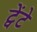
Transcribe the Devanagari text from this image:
ट्वेंटे